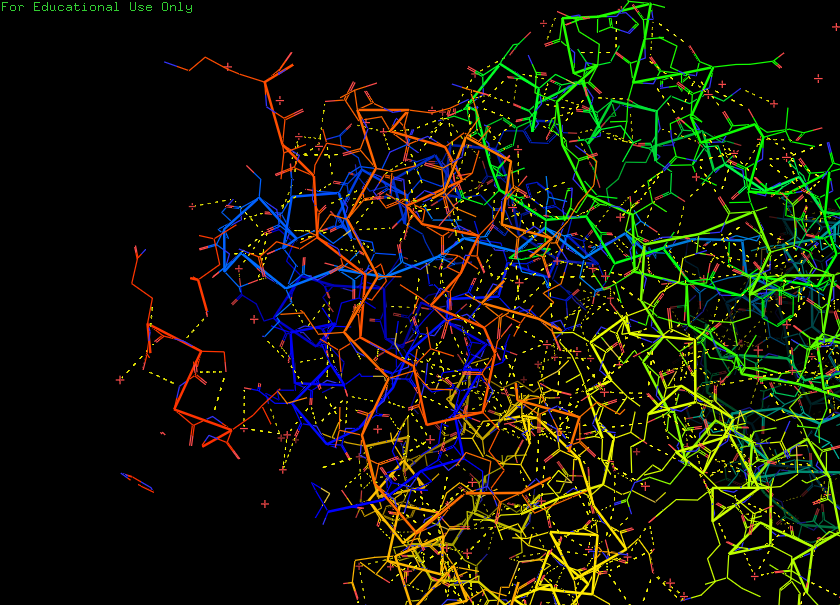
pymol, preset, technical